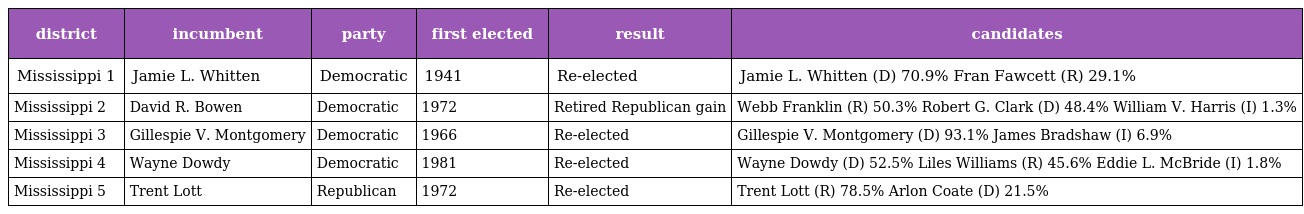
| district | incumbent | party | first elected | result | candidates |
 | --- | --- | --- | --- | --- | --- |
 | Mississippi 1 | Jamie L. Whitten | Democratic | 1941 | Re-elected | Jamie L. Whitten (D) 70.9% Fran Fawcett (R) 29.1% |
 | Mississippi 2 | David R. Bowen | Democratic | 1972 | Retired Republican gain | Webb Franklin (R) 50.3% Robert G. Clark (D) 48.4% William V. Harris (I) 1.3% |
 | Mississippi 3 | Gillespie V. Montgomery | Democratic | 1966 | Re-elected | Gillespie V. Montgomery (D) 93.1% James Bradshaw (I) 6.9% |
 | Mississippi 4 | Wayne Dowdy | Democratic | 1981 | Re-elected | Wayne Dowdy (D) 52.5% Liles Williams (R) 45.6% Eddie L. McBride (I) 1.8% |
 | Mississippi 5 | Trent Lott | Republican | 1972 | Re-elected | Trent Lott (R) 78.5% Arlon Coate (D) 21.5% |